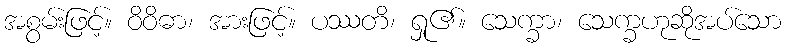
အစွမ်းဖြင့်။ ဝိဝိဓာ၊ အားဖြင့်။ ပဿတိ၊ ရှု၏။ သေက္ခာ၊ သေက္ခဟုဆိုအပ်သော